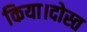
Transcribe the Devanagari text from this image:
किया।दोस्त